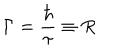
\Gamma = \frac { \hbar } { \tau } \equiv R